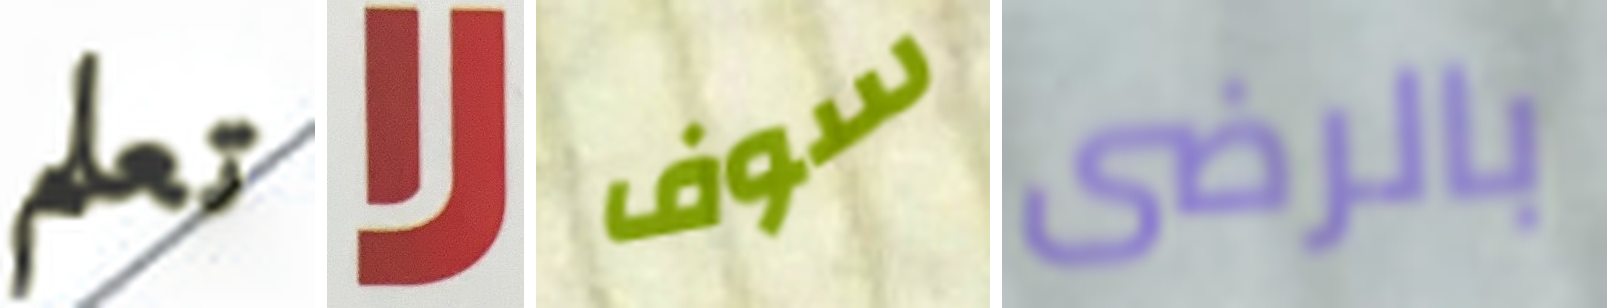
تعلم لا سوف بالرضى